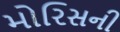
મોરિસની